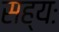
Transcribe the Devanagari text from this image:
सह्यः